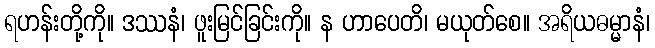
ရဟန်းတို့ကို။ ဒဿနံ၊ ဖူးမြင်ခြင်းကို။ န ဟာပေတိ၊ မယုတ်စေ။ အရိယဓမ္မာနံ၊